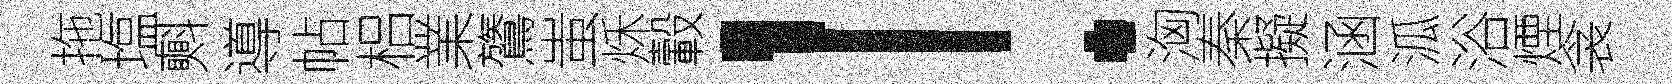
拖塩㪺導帖梠業鷟蚩秌轂！洶秦擬涵泒浴煙衾